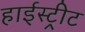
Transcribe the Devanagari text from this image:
हाईस्ट्रीट